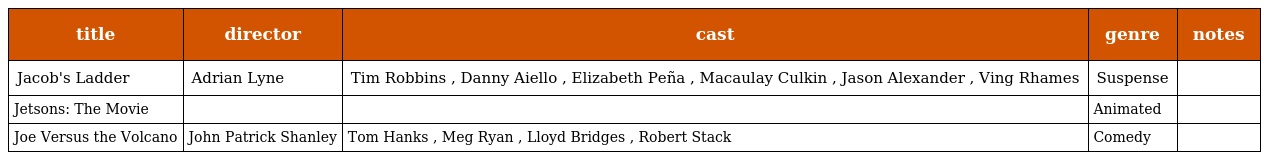
| title | director | cast | genre | notes |
 | --- | --- | --- | --- | --- |
 | Jacob's Ladder | Adrian Lyne | Tim Robbins , Danny Aiello , Elizabeth Peña , Macaulay Culkin , Jason Alexander , Ving Rhames | Suspense |  |
 | Jetsons: The Movie |  |  | Animated |  |
 | Joe Versus the Volcano | John Patrick Shanley | Tom Hanks , Meg Ryan , Lloyd Bridges , Robert Stack | Comedy |  |